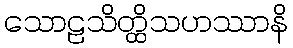
သောဠသိတ္ထိသဟဿာနိ